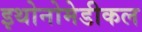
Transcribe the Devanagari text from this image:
इथोनोमेडीकल